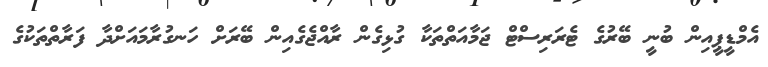
އެމްޑީޕީއިން ބުނީ ބޭރުގެ ޓެރަރިސްޓް ޖަމާއަތްތަކާ ގުޅިގެން ރާއްޖެގެއިން ބޭރަށް ހަނގުރާމައަށްދާ ފަރާތްތަކުގެ